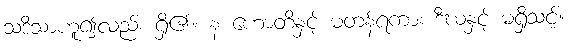
သဒိသာဟူ၍လည်း ရှိ၏။ န ဟောတိနှင့် မတန်ရကား ဒီဃနှင့် မရှိသင့်။